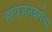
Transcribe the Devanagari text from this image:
हायजेनबर्गचा